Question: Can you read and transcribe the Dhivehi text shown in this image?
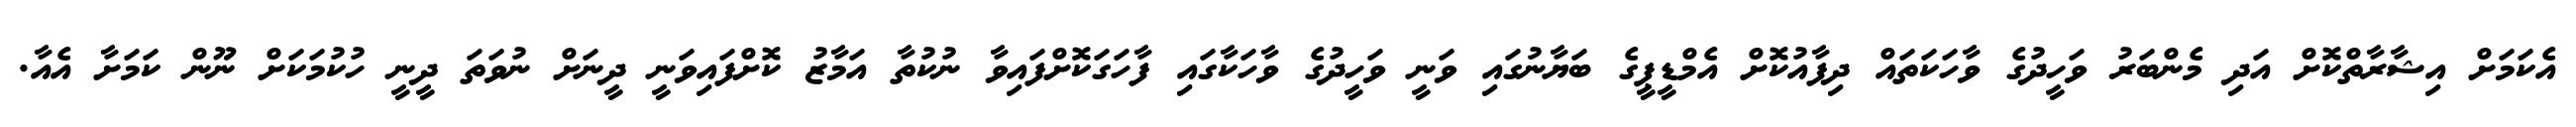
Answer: އެކަމަށް އިޝާރާތްކޮށް އަދި މެންބަރު ވަހީދުގެ ވާހަކަތައް ދިފާއުކޮށް އެމްޑީޕީގެ ބަޔާނުގައި ވަނީ ވަހީދުގެ ވާހަކާގައި ފާހަގަކޮށްފައިވާ ނުކުތާ އަމާޒު ކޮށްފައިވަނީ ދީނަށް ނުވަތަ ދީނީ ހުކުމަކަށް ނޫން ކަމަށާ އެއާ.